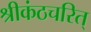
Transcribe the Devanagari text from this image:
श्रीकंठचरित्‌